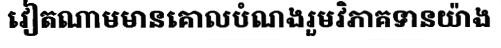
វៀតណាមមានគោលបំណងរួមវិភាគទានយ៉ាង